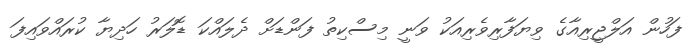
ފަހުން އަލްޖީރިއާގެ ވިޔަފާރިވެރިއަކު ވަނީ މިސްކިތު ފަންޑަށް ދެލައްކަ ޑޮލަރު ހަދިޔާ ކުރައްވައިފަ